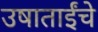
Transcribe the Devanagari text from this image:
उषाताईंचे